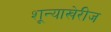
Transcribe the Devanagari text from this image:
शून्याखेरीज